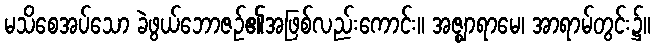
မသိစေအပ်သော ခဲဖွယ်ဘောဇဉ်၏အဖြစ်လည်းကောင်း။ အဇ္ဈာရာမေ၊ အာရာမ်တွင်း၌။